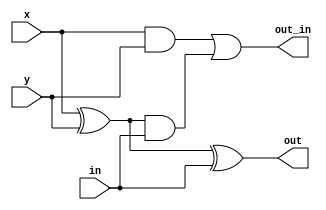
module fall_adder_down (
    input x,y,in,
    output out_in,out
);
	assign out = x^y^in;
	assign out_in = x&y|(x^y)&in;
endmodule